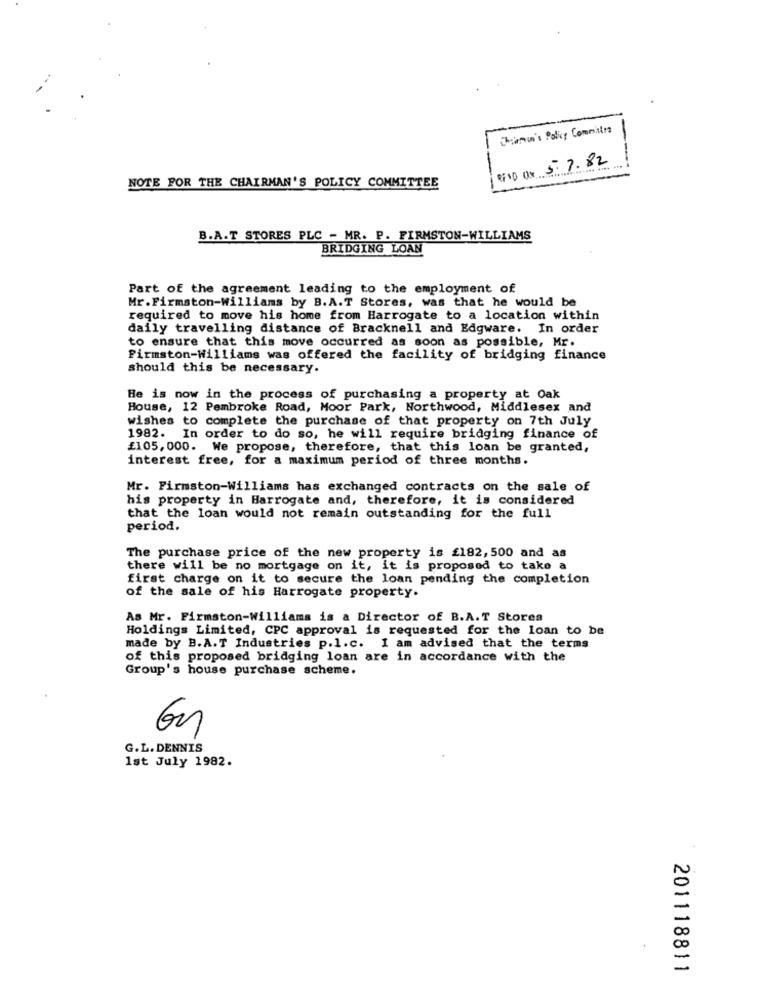
Thin's Policy Commits
PSD Or 5.7.82
NOTE FOR THE CHAIRMAN'S POLICY COMMITTEE
B.A.T STORES PLC - MR. P. FIRMSTON-WILLIAMS
BRIDGING LOAN
Part of the agreement leading to the employment of
Mr.Firmston-Williams by B.A.T Stores, was that he would be
required to move his home from Harrogate to a location within
daily travelling distance of Bracknell and Edgware. In order
to ensure that this move occurred as soon as possible, Mr.
Firmston-Williams was offered the facility of bridging finance
should this be necessary.
He is now in the process of purchasing a property at Oak
House, 12 Pembroke Road, Moor Park, Northwood, Middlesex and
wishes to complete the purchase of that property on 7th July
1982. In order to do so, he will require bridging finance of
£105, 000. We propose, therefore, that this loan be granted,
interest free, for a maximum period of three months.
Mr. Firmston-Williams has exchanged contracts on the sale of
his property in Harrogate and, therefore, it is considered
that the loan would not remain outstanding for the full
period.
The purchase price of the new property is £182,500 and as
there will be no mortgage on it, it is proposed to take a
first charge on it to secure the loan pending the completion
of the sale of his Harrogate property.
As Mr. Firmaton-Williams is a Director of B.A.T Stores
Holdings Limited, CPC approval is requested for the loan to be
made by B.A.T Industries p.l.c. I am advised that the terms
of this proposed bridging loan are in accordance with the
Group's house purchase scheme.
G.L. DENNIS
1st July 1982.
201118811